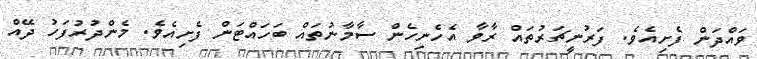
ވައްދަން ފެށިއެވެ. ފަރުނީޗަރުތައް ރާވާ އެހެނިހެން ސާމާނުތައް ބަހައްޓަން ފެށިއެވެ. މެންދުރުފަހު ދޭއް